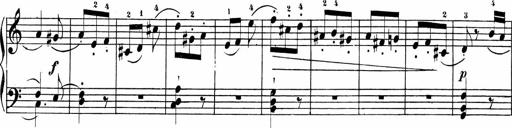
Title: Sonatinas
Composer: Andrew Violette